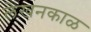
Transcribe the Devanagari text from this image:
लेखनकाळ